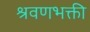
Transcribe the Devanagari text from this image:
श्रवणभक्ती